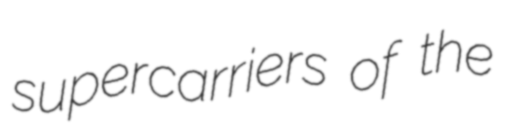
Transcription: supercarriers of the